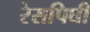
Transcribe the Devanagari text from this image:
रेसपिघी